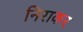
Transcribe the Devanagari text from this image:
निराकर